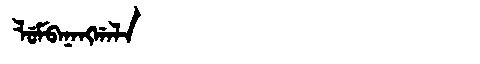
Manchu: ᠯᡠᠮᠪᠠᠨᠠᠩᡤᠠᠯᠠ
Romanization: LUMBANANGGALA